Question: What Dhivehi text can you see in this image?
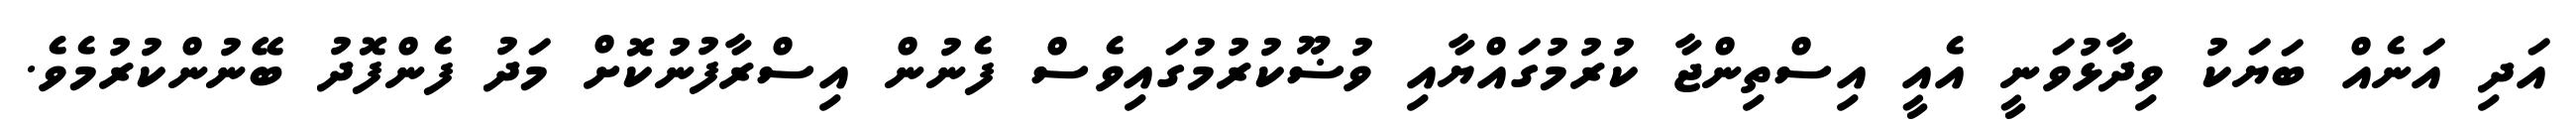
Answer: އަދި އަނެއް ބަޔަކު ވިދާޅުވަނީ އެއީ އިސްތިންޖާ ކުރުމުގައްޔާއި ވުޟޫކުރުމުގައިވެސް ފެނުން އިސްރާފުނުކޮށް މަދު ފެންފޮދު ބޭނުންކުރުމެވެ.